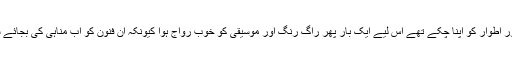
بنو امیہ چونکہ شاہی روایات اور اطوار کو اپنا چکے تھے اس لیے ایک بار پھر راگ رنگ اور موسیقی کو خوب رواج ہوا کیونکہ ان فنون کو اب مناہی کی بجائے شاہی سرپرستی حاصل ہو گئی۔